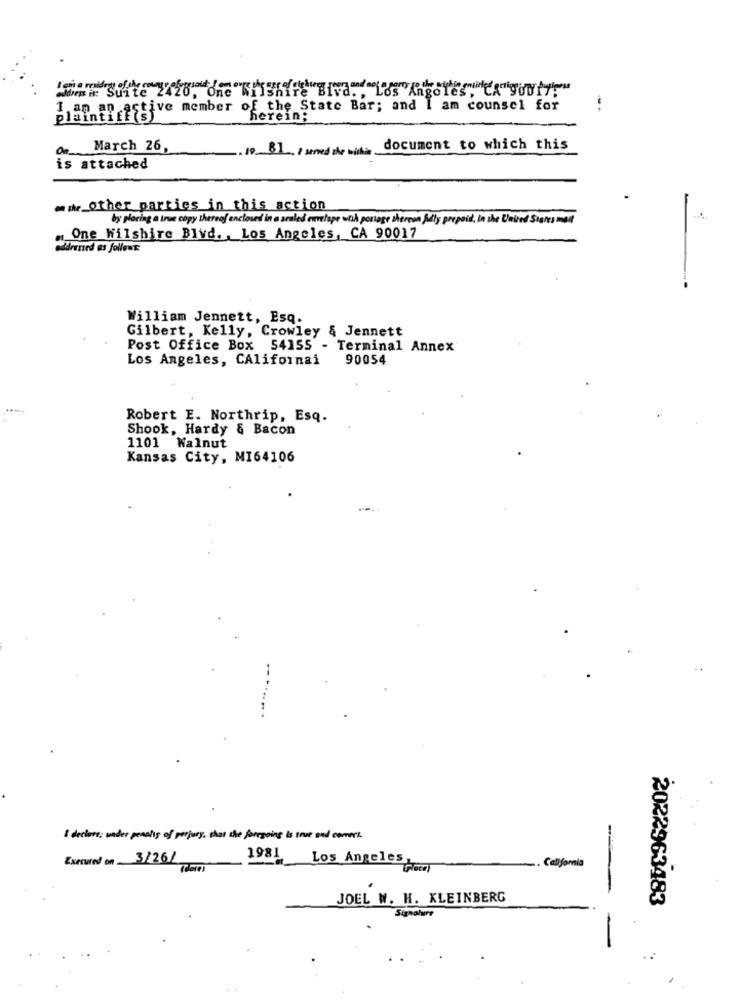
20, One Wilshire Blvd ., Los Angeles, Ca goofy!"
I am an active member
of the State Bar; and I am counsel for
plaintiff sf
herein;
Or.
March 26,
19 8] / wened de with document to which this
is attached
mwh other parties in this action
by placing a true copy thereof enclosed in a sealed envelope wook perioge shereen fully prepaid, in the United States mail
"One Wilshire Blvd. , Los Angeles, CA 90017
eddressed as follows:
William Jennett, Esq.
Gilbert, Kelly, Crowley & Jennett
Post Office Box 54155 - Terminal Annex
Los Angeles, CAlifornai
90054
Robert E. Northrip, Esq.
Shook, Hardy & Bacon
1101 Walnut
Kansas City, MI64106
--
I declare: under penalty of perjury, shas the foregoing is true and corners
Executed on.3/26/
1981 Los Angeles,
-
Theres
California
JOEL W. H. KLEINBERG
2022963483
Signature